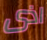
اذى